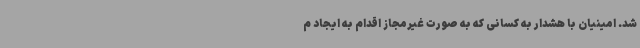
شد. امینیان با هشدار به کسانی که به صورت غیرمجاز اقدام به ایجاد م